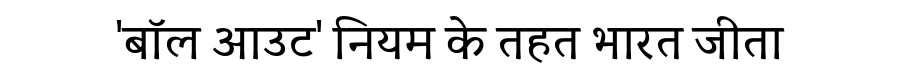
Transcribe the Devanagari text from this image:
'बॉल आउट' नियम के तहत भारत जीता